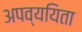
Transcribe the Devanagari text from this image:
अपव्ययिता